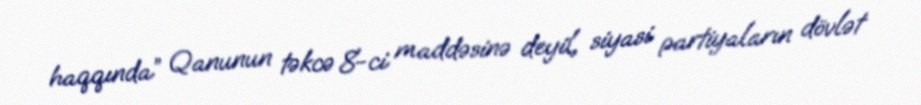
haqqında” Qanunun təkcə 8-ci maddəsinə deyil, siyasi partiyaların dövlət